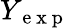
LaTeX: Y_{\mathrm{~e~x~p~}}